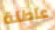
عاطلة